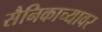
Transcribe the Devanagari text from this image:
सैनिकाच्यावर